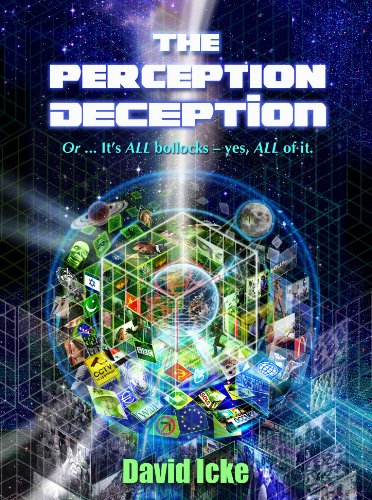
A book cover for The Perception Deception; David Icke; Religion & Spirituality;